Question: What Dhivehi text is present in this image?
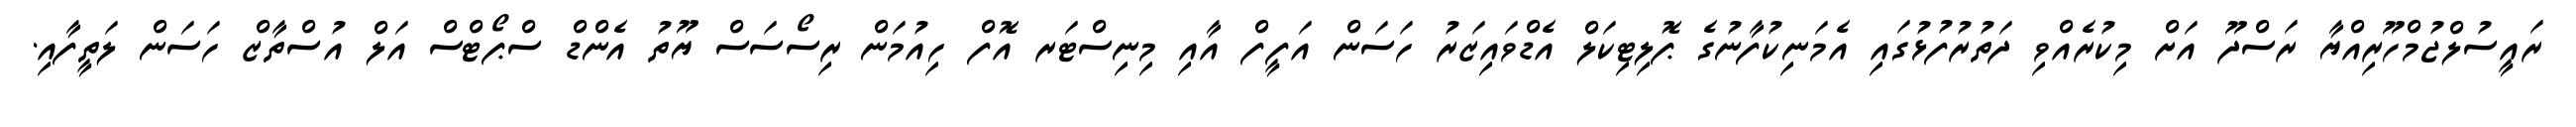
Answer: ރައީސުލްޖުމްހޫރިއްޔާ ރަސްދޫ އަށް މިކުރެއްވި ދަތުރުފުޅުގައި އެމަނިކުފާނުގެ ޕޮލިޓިކަލް އެޑްވައިޒަރު ހަސަން އަފީފް އާއި މިނިސްޓަރ އޮފް ހިއުމަން ރިސޯސަސް ޔޫތު އެންޑް ސްޕޯޓްސް އަލް އުސްތާޒް ހަސަން ލަތީފާއި.